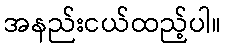
အနည်းငယ်ထည့်ပါ။